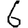
Digit: 6